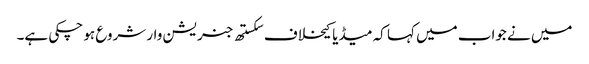
میں نے جواب میں کہا کہ میڈیا کیخلاف سکستھ جنریشن وار شروع ہو چکی ہے۔